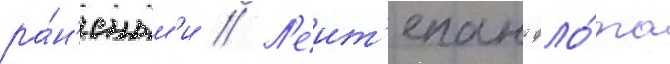
ра́н'еным'и // Л'еит'енант фло́та